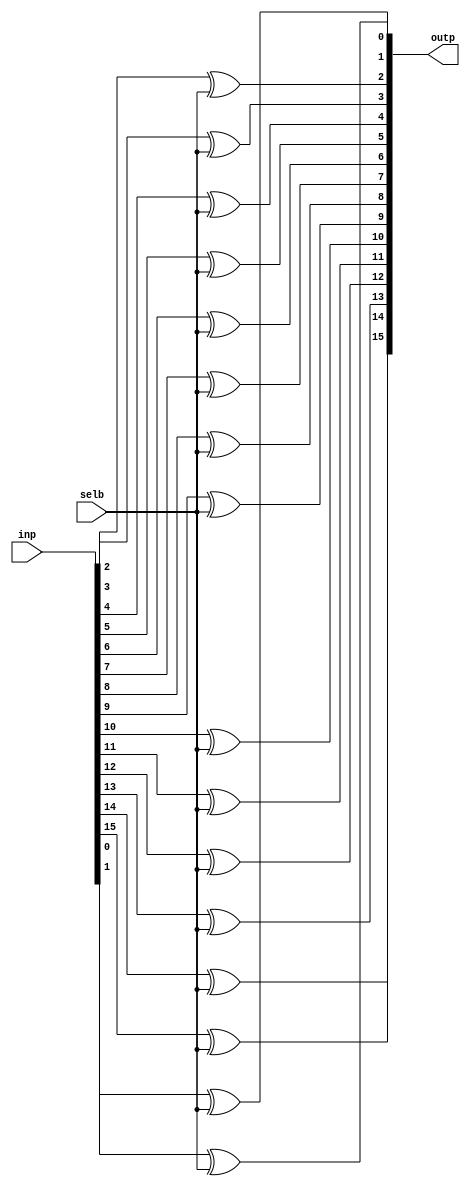
module xor16 (outp, inp, selb);

   input [15:0]  inp;
   input 	 selb;

   output [15:0] outp;   
   
   xor x0 (outp[0], inp[0], selb);
   xor x1 (outp[1], inp[1], selb);
   xor x2 (outp[2], inp[2], selb);
   xor x3 (outp[3], inp[3], selb);
   xor x4 (outp[4], inp[4], selb);
   xor x5 (outp[5], inp[5], selb);
   xor x6 (outp[6], inp[6], selb);
   xor x7 (outp[7], inp[7], selb);
   xor x8 (outp[8], inp[8], selb);
   xor x9 (outp[9], inp[9], selb);
   xor x10 (outp[10], inp[10], selb);
   xor x11 (outp[11], inp[11], selb);
   xor x12 (outp[12], inp[12], selb);
   xor x13 (outp[13], inp[13], selb);
   xor x14 (outp[14], inp[14], selb);
   xor x15 (outp[15], inp[15], selb);
   
endmodule // xor16